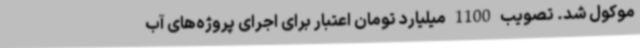
موکول شد. تصویب 1100 میلیارد تومان اعتبار برای اجرای پروژه‌های آب